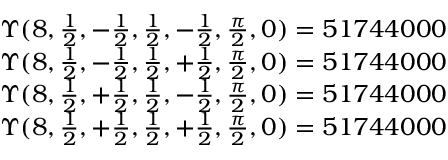
\begin{array} { l l } { \Upsilon ( 8 , \frac { 1 } { 2 } , - \frac { 1 } { 2 } , \frac { 1 } { 2 } , - \frac { 1 } { 2 } , \frac { \pi } { 2 } , 0 ) = 5 1 7 4 4 0 0 0 } \\ { \Upsilon ( 8 , \frac { 1 } { 2 } , - \frac { 1 } { 2 } , \frac { 1 } { 2 } , + \frac { 1 } { 2 } , \frac { \pi } { 2 } , 0 ) = 5 1 7 4 4 0 0 0 } \\ { \Upsilon ( 8 , \frac { 1 } { 2 } , + \frac { 1 } { 2 } , \frac { 1 } { 2 } , - \frac { 1 } { 2 } , \frac { \pi } { 2 } , 0 ) = 5 1 7 4 4 0 0 0 } \\ { \Upsilon ( 8 , \frac { 1 } { 2 } , + \frac { 1 } { 2 } , \frac { 1 } { 2 } , + \frac { 1 } { 2 } , \frac { \pi } { 2 } , 0 ) = 5 1 7 4 4 0 0 0 } \end{array}